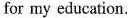
for my education.